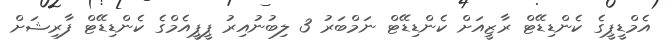
އެމްޑީޕީގެ ކެންޑިޑޭޓް ރާޒީއަށް ކެންޑިޑޭޓް ނަމްބަރު 3 ލިބުނުއިރު ޕީޕީއެމްގެ ކެންޑިޑޭޓް ފާރިޝަށް